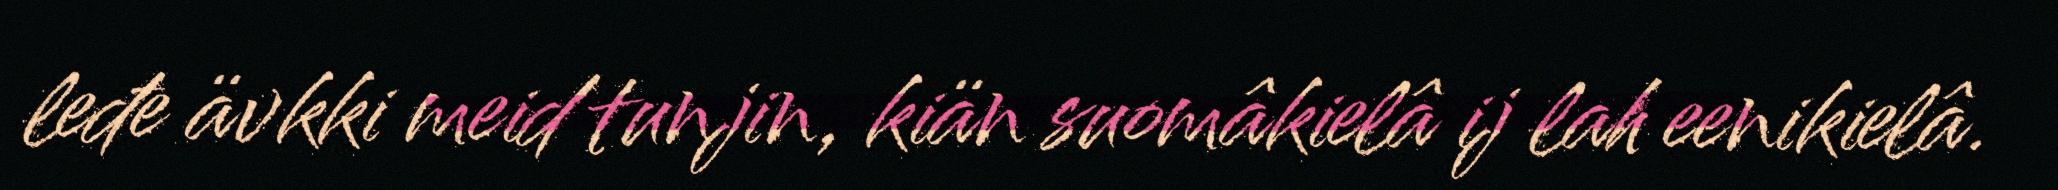
leđe ävkki meid tunjin, kiän suomâkielâ ij lah eenikielâ.